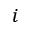
i